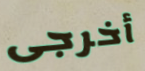
أخرجى